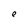
Character: e